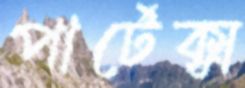
পার্টেক্স